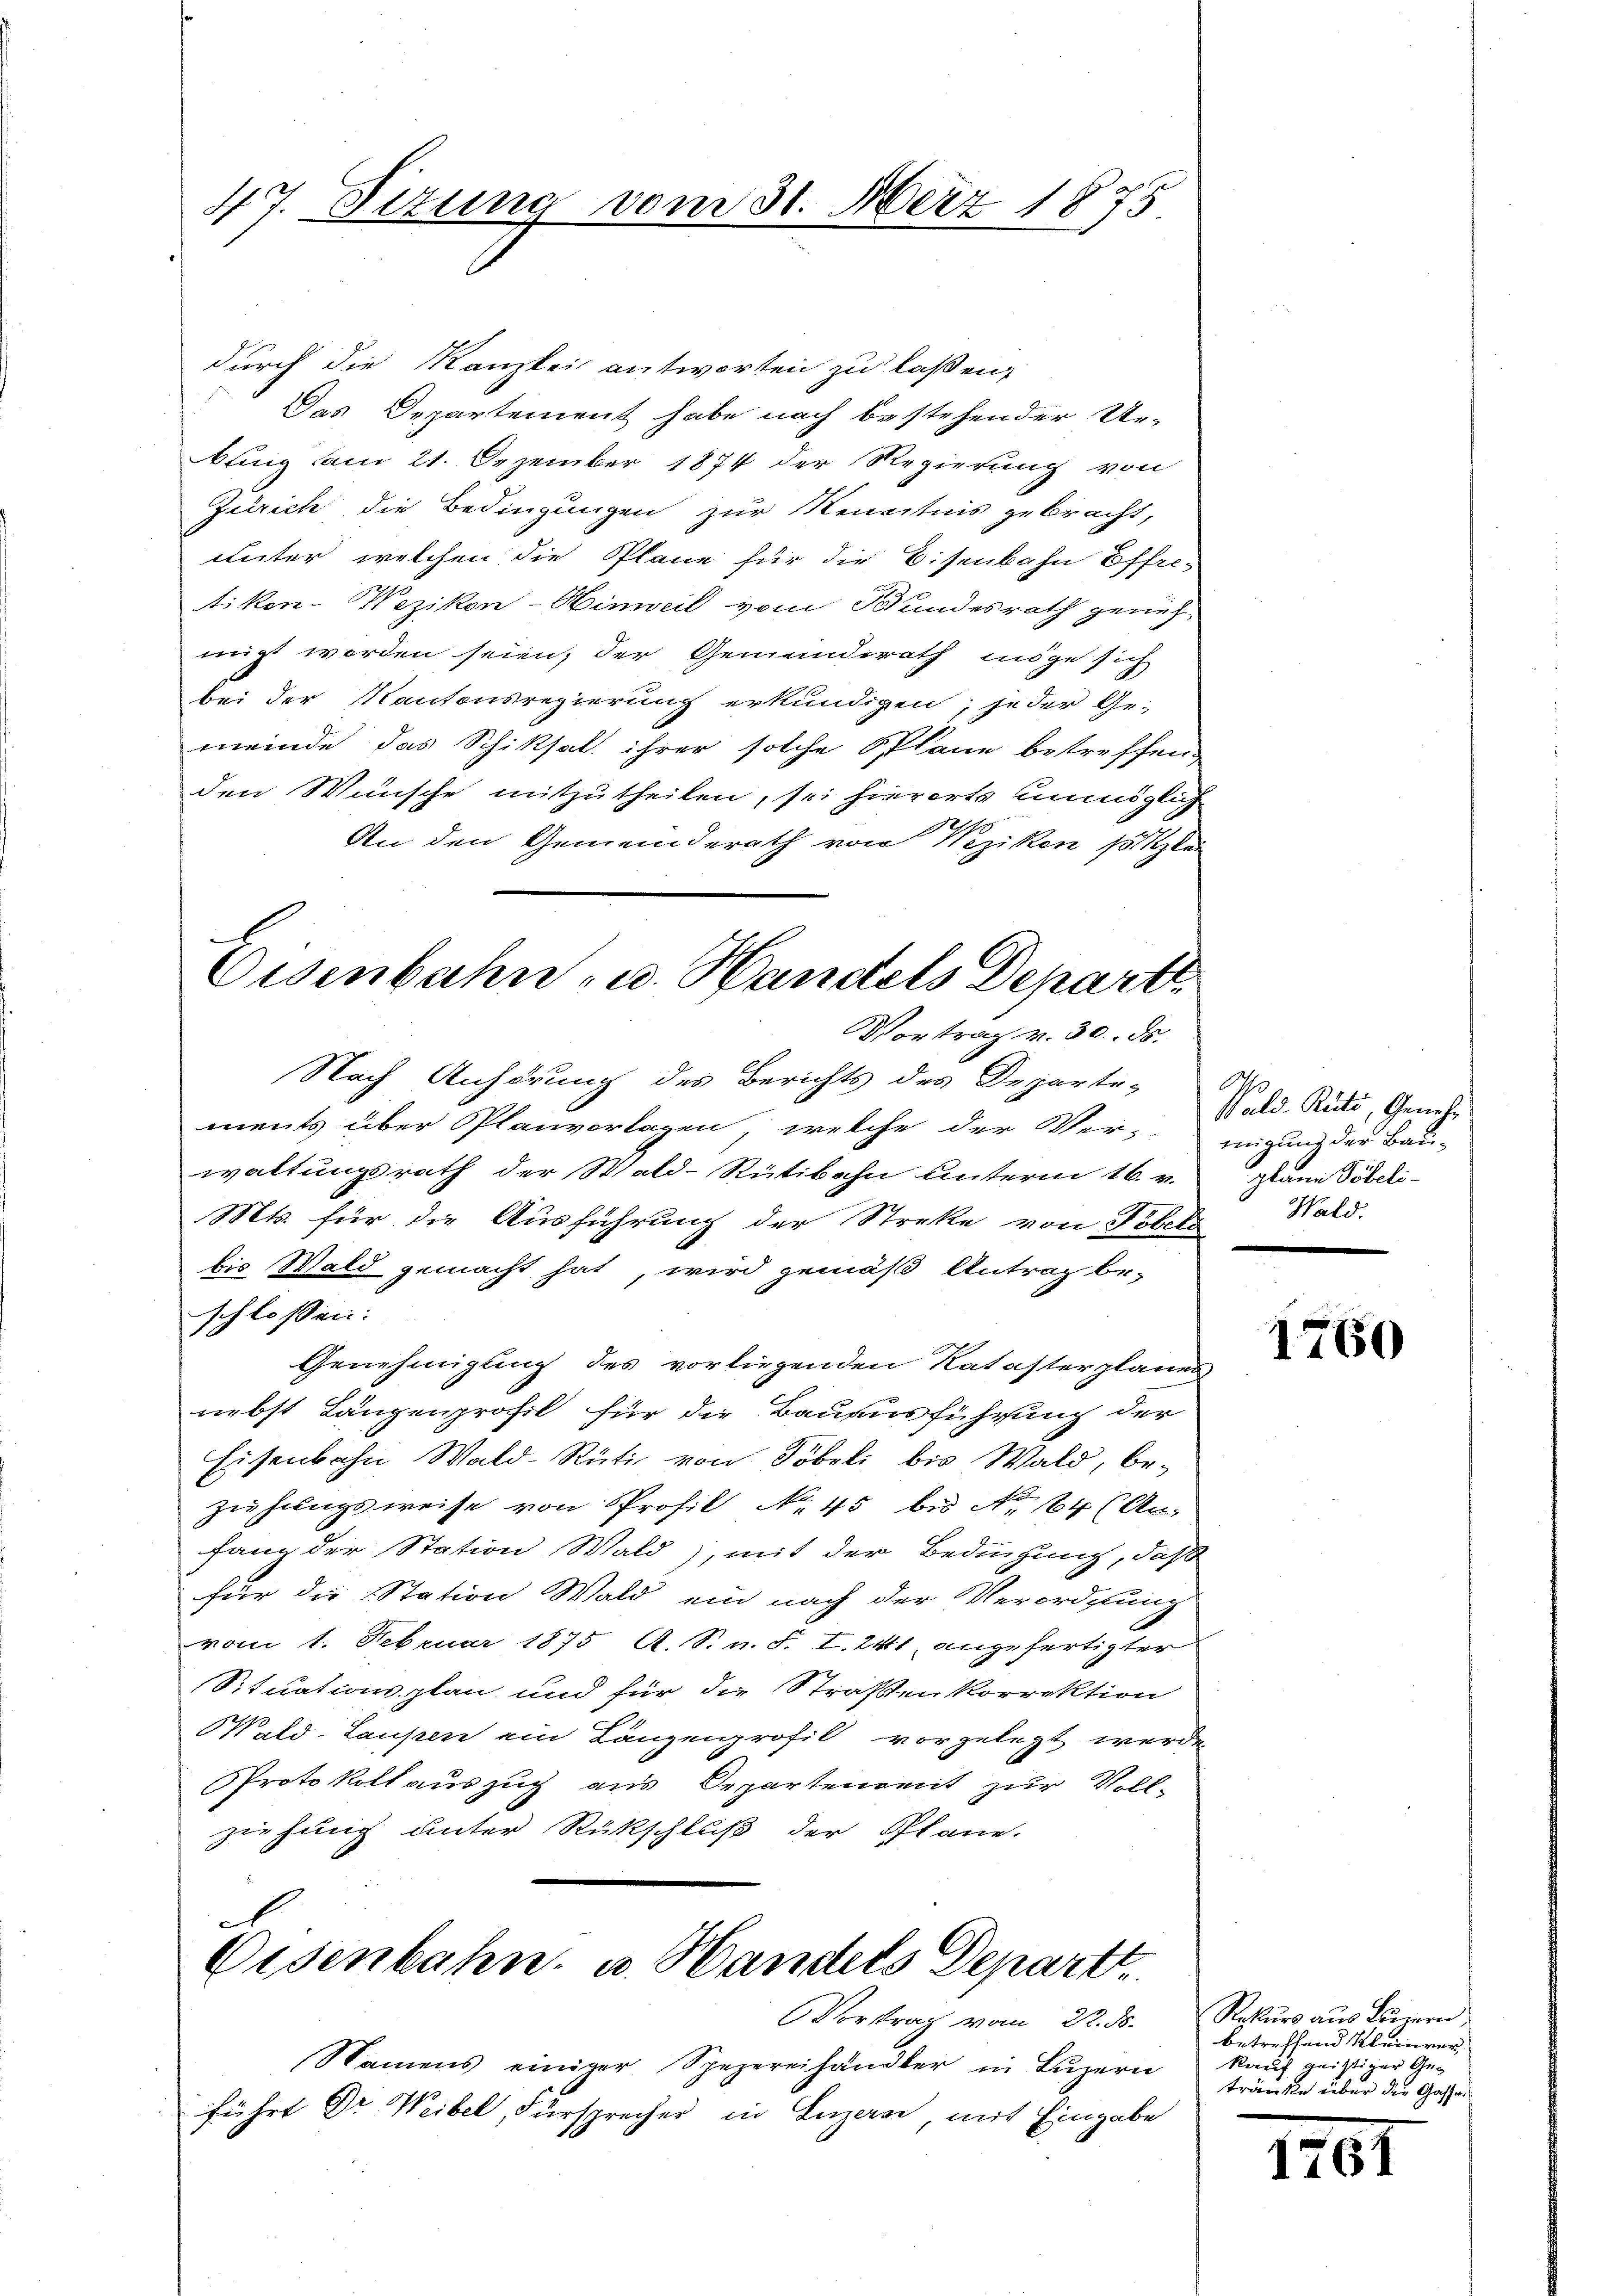
47. Sizung vom 31. März 1875

durch die Kanzlei antworten zu laßen,
Das Departement habe nach bestehender Ur-
bung am 21. Dezember 1874 der Regierung von
Zürich die Bedingungen zur Kenntnis gebracht,
unter welchen die Pläne für die Eisenbahn Effretikon-Wezikon-Hinweil vom Stundesrath geneh-
weigt worden seien; der Gemeinderath möge sich
bei der Kantonsregierung erkundigen; jeder Ge-
meinde das Schiksal ihrer solche Plane betreffen,
den Wünsche mitzutheilen, sei hierorts unmöglich
An den Gemeinderath von Weziken sollen
Eisenbahn, u. Handels Depart

Vortrag v. 30. ds.

Nach Anhörung des Berichts des Departe-
ments über Planvorlagen, welche der Ver-nigung der Bau-
waltungsrath der Stald-Rütibahn unterm 16. v.
Mts. für die Ausführung der Streke von Tobels
bis Wald gemacht hat, wird gemäß Antrag be-
schlossen:
Genehmigung des vorliegenden Katasterplanes
nebst Längenprofil für die Bauausführung der
Eisenbahn Wald-Rüti von Töbeli bis Wald, be-
ziehungsweise von Profil No 45 bis No 104 (Ar-
fang der Station Wald), mit der Bedingung, daß
für die Station Wald ein nach der Verordnung
vom 1. Februar 1875 A. S. n. F. I. 241 angefertigter
Situationsplan und für die Straßenkorrektion
Wald-Laupen ein Längenprofil vorgelegt werde.
Protokoll auszug aus Departement zur Vollziehung unter Rückschluß der Plane.

c
Eisenbahn, u. Handels Depart

Vortrag vom 22. ds.
Namens einiger Spezereihändler in Luzern
führt Dr Weibel, Fürsprecher in Luzern mit Eingabe

Pals. Rüti, Genehm
plann Pöbeli-
Wald.

1760

Rekurs aus Bern
betreffend Kleinver
kauf geistiger Getränkte über die Gassen

1761